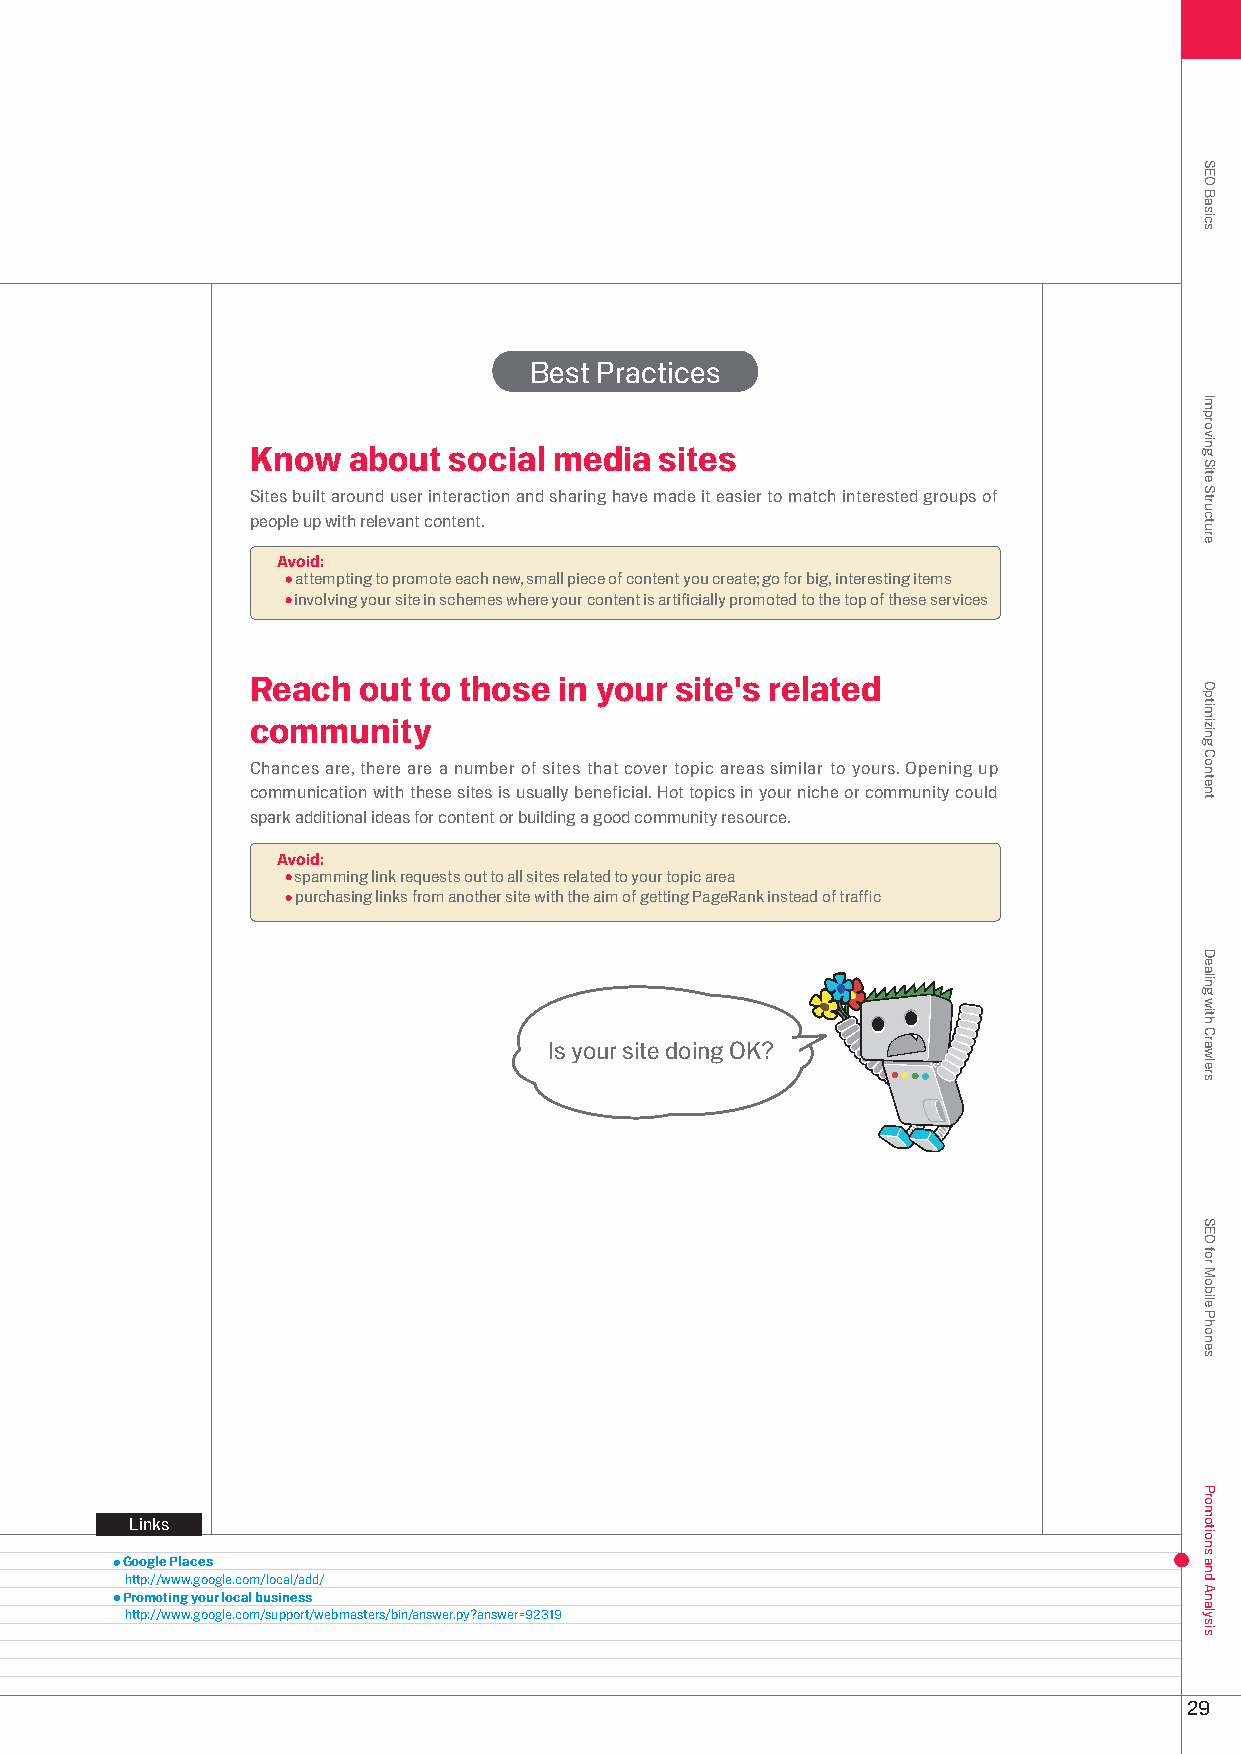
Best Practices
 Know  about  social media  sites
 Sites built around user interaction and sharing have made it easier to match interested groups of
 people up with relevant content.
 Avoid:
 attempting to promote each new, small piece of content you create; go for big, interesting items
 involving your site in schemes where your content is artificially promoted to the top of these services
 Reach  out to those in your site's related
 community
 Chances are, there are a number of sites that cover topic areas similar to yours. Opening up
 communication with these sites is usually beneficial. Hot topics in your niche or community could
 spark additional ideas for content or building a good community resource.
 Avoid:
 spamming link requests out to all sites related to your topic area
 purchasing links from another site with the aim of getting PageRank instead of traffic
 Is your site doing OK?
 Links
 Google Places
 http://www.google.com/local/add/
 Promoting your local business
 http://www.google.com/support/webmasters/bin/answer.py?answer=919
 9
 SEO
 Basics
 Improving
 Site
 Structure
 Optimizing
 Content
 Dealing
 with
 Crawlers
 SEO
 for
 Mobile
 Phones
 Promotions
 and
 Analysis